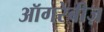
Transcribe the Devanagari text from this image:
ऑगरेबीज़